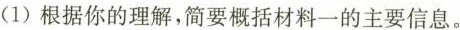
(1)根据你的理解，简要概括材料一的主要信息。